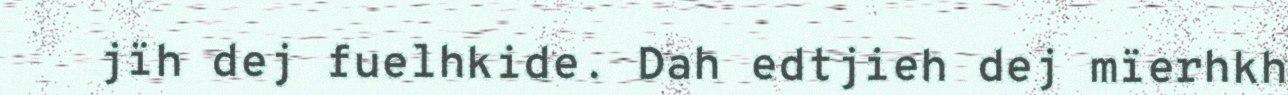
jïh dej fuelhkide. Dah edtjieh dej mïerhkh